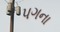
પગના